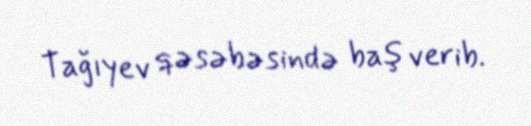
Tağıyev qəsəbəsində baş verib.